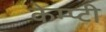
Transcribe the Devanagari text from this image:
केम्प्टी